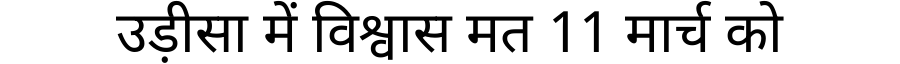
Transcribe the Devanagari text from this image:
उड़ीसा में विश्वास मत 11 मार्च को